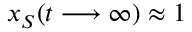
x _ { S } ( t \longrightarrow \infty ) \approx 1